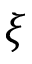
\xi